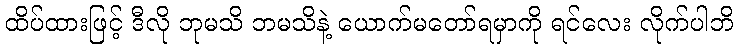
ထိပ်ထားဖြင့် ဒီလို ဘုမသိ ဘမသိနဲ့ ယောက်မတော်ရမှာကို ရင်လေး လိုက်ပါဘိ